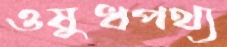
ওষুধপথ্য